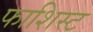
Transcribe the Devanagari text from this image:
फाशिस्ट